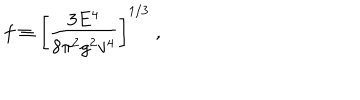
f \equiv \left[ \frac { 3 E ^ { 4 } } { 8 \pi ^ { 2 } g ^ { 2 } v ^ { 4 } } \right] ^ { 1 / 3 } \; ,